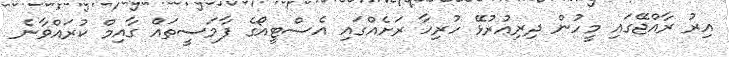
އިރު ރާއްޖޭގައި މީހުން ދިރިއުރުޅޭ ހުރިހާ ރަށެއްގައި އެސްޓީއޯގެ ފާމަސީތައް ގާއިމް ކުރައްވާނެ